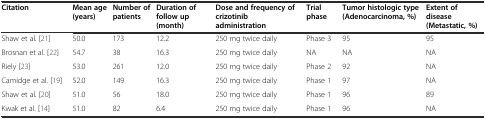
<table><thead><tr><td><b>Citation</b></td><td><b>Mean age (years)</b></td><td><b>Number of patients</b></td><td><b>Duration of follow up (month)</b></td><td><b>Dose and frequency of crizotinib administration</b></td><td><b>Trial phase</b></td><td><b>Tumor histologic type (Adenocarcinoma, %)</b></td><td><b>Extent of disease (Metastatic, %)</b></td></tr></thead><tbody><tr><td>Shaw et al.[21]</td><td>50.0</td><td>173</td><td>12.2</td><td>250 mg twice daily</td><td>Phase 3</td><td>95</td><td>95</td></tr><tr><td>Brosnan et al.[22]</td><td>54.7</td><td>38</td><td>16.3</td><td>250 mg twice daily</td><td>NA</td><td>NA</td><td>NA</td></tr><tr><td>Riely[23]</td><td>53.0</td><td>261</td><td>12.0</td><td>250 mg twice daily</td><td>Phase 2</td><td>92</td><td>NA</td></tr><tr><td>Camidge et al.[19]</td><td>52.0</td><td>149</td><td>16.3</td><td>250 mg twice daily</td><td>Phase 1</td><td>97</td><td>NA</td></tr><tr><td>Shaw et al.[20]</td><td>51.0</td><td>56</td><td>18.0</td><td>250 mg twice daily</td><td>Phase 1</td><td>96</td><td>89</td></tr><tr><td>Kwak et al.[14]</td><td>51.0</td><td>82</td><td>6.4</td><td>250 mg twice daily</td><td>Phase 1</td><td>96</td><td>NA</td></tr></tbody></table>